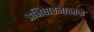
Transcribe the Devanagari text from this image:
अभिधावनात्मक